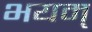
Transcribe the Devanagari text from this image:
भयम्